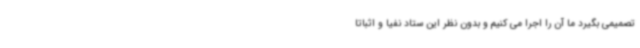
تصمیمی بگیرد ما آن را اجرا می کنیم و بدون نظر این ستاد نفیا و اثباتا